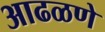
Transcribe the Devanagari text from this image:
आढळणे